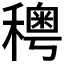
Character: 𥣄